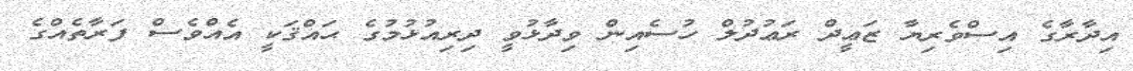
އިދާރާގެ އިސްވެރިޔާ ޒަޢީދް ރަޢުދުލް ހުސެއިން ވިދާޅުވީ ދިރިއުޅުމުގެ ޙައްޤަކީ އެއްވެސް ފަރާތެއްގެ